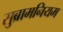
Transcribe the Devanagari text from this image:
सुब्रामनियम